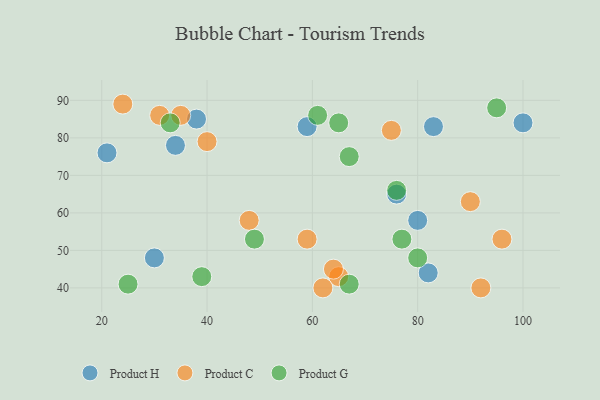
{"axis": {"x": "GDP", "y": "Life Expectancy"}, "legend": ["Product C", "Product G", "Product H"], "data": [{"x": "83", "y": 83, "type": "Product H"}, {"x": "38", "y": 85, "type": "Product H"}, {"x": "100", "y": 84, "type": "Product H"}, {"x": "34", "y": 78, "type": "Product H"}, {"x": "76", "y": 65, "type": "Product H"}, {"x": "21", "y": 76, "type": "Product H"}, {"x": "30", "y": 48, "type": "Product H"}, {"x": "59", "y": 83, "type": "Product H"}, {"x": "80", "y": 58, "type": "Product H"}, {"x": "82", "y": 44, "type": "Product H"}, {"x": "65", "y": 43, "type": "Product C"}, {"x": "35", "y": 86, "type": "Product C"}, {"x": "64", "y": 45, "type": "Product C"}, {"x": "75", "y": 82, "type": "Product C"}, {"x": "48", "y": 58, "type": "Product C"}, {"x": "24", "y": 89, "type": "Product C"}, {"x": "59", "y": 53, "type": "Product C"}, {"x": "62", "y": 40, "type": "Product C"}, {"x": "90", "y": 63, "type": "Product C"}, {"x": "96", "y": 53, "type": "Product C"}, {"x": "92", "y": 40, "type": "Product C"}, {"x": "40", "y": 79, "type": "Product C"}, {"x": "31", "y": 86, "type": "Product C"}, {"x": "76", "y": 66, "type": "Product G"}, {"x": "25", "y": 41, "type": "Product G"}, {"x": "95", "y": 88, "type": "Product G"}, {"x": "67", "y": 75, "type": "Product G"}, {"x": "33", "y": 84, "type": "Product G"}, {"x": "77", "y": 53, "type": "Product G"}, {"x": "80", "y": 48, "type": "Product G"}, {"x": "67", "y": 41, "type": "Product G"}, {"x": "49", "y": 53, "type": "Product G"}, {"x": "39", "y": 43, "type": "Product G"}, {"x": "65", "y": 84, "type": "Product G"}, {"x": "61", "y": 86, "type": "Product G"}]}